Note on the mental hospitals in Burma - 1925-1940
Year: 1925
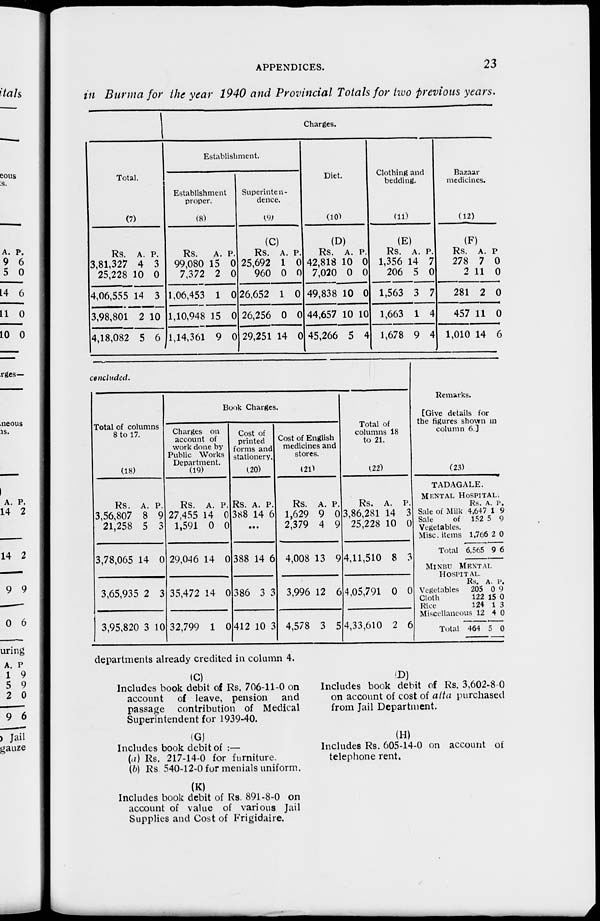
APPENDICES.
23
in Burma for the year 1940 and Provincial Totals for two previous years.
Total.
(7)
Rs.
3,81,327
25,228
4,06,555
3,98,801
4,18,082
A.
4
10
14
2
5
P.
3
0
3
10
6
Charges.
Establishment.
Establishment
proper.
(8)
Rs.
99,080
7,372
1,06,453
1,10,948
1,14,361
A.
15
2
1
15
9
P.
0
0
0
0
0
Superinten-
dence.
(9)
(C)
Rs.
25,692
960
26,652
26,256
29,251
A.
1
0
1
0
14
P.
0
0
0
0
0
Diet.
(10)
(D)
Rs.
42,818
7,020
49,838
44,657
45,266
A.
10
0
10
10
5
P.
0
0
0
10
4
Clothing and
bedding.
(11)
(E)
Rs.
1,356
206
1,563
1,663
1,678
A.
14
5
3
1
9
P.
7
0
7
4
4
Bazaar
medicines.
(12)
(F)
Rs.
278
2
281
457
1,010
A.
7
11
2
11
14
P.
0
0
0
0
6
concluded.
Total of columns
8 to 17.
(18)
Rs.
3,56,807
21,258
3,78,065
3,65,935
3,95,820
A.
8
5
14
2
3
P.
9
3
0
3
10
Book Charges.
Charges on
account of
work done by
Public Works
Department.
(19)
Rs.
27,455
1,591
29,046
35,472
32,799
A.
14
0
14
14
1
P.
0
0
0
0
0
Cost of
printed
forms and
stationery.
(20)
Rs.
388
A.
14
P.
6
...
388
386
412
14
3
10
6
3
3
Cost of English
medicines and
stores.
(21)
Rs.
1,629
2,379
4,008
3,996
4,578
A.
9
4
13
12
3
P.
0
9
9
6
5
Total of
columns 18
to 21.
(22)
Rs.
3,86,281
25,228
4,11,510
4,05,791
4,33,610
A.
14
10
8
0
2
P.
3
0
3
0
6
Remarks.
[Give details for
the figures shown in
column 6.]
(23)
TADAGALE,
MENTAL HOSPITAL.
Sale of Milk
Sale
of
Vegetables.
Misc. items
Total
Rs.
4,647
152
1,766
6,565
A.
1
5
2
9
P.
9
9
0
6
MINBU MENTAL
HOSPITAL.
Vegetables
Cloth
Rice
Miscellaneous
Total
Rs.
205
122
124
12
464
A.
0
15
1
4
5
P.
9
0
3
0
0
departments already credited in column 4.
(C)
Includes book debit of Rs. 706-11-0 on
account of leave, pension and
passage contribution of Medical
Superintendent for 1939-40.
(D)
Includes book debit of Rs. 3,602-8-0
on account of cost of atta purchased
from Jail Department.
(G)
Includes book debit of :—
(a) Rs. 217-14-0 for furniture.
(b) Rs. 540-12-0 for menials uniform.
(H)
Includes Rs. 605-14-0 on account of
telephone rent.
(K)
Includes book debit of Rs. 891-8-0 on
account of value of various Jail
Supplies and Cost of Frigidaire.